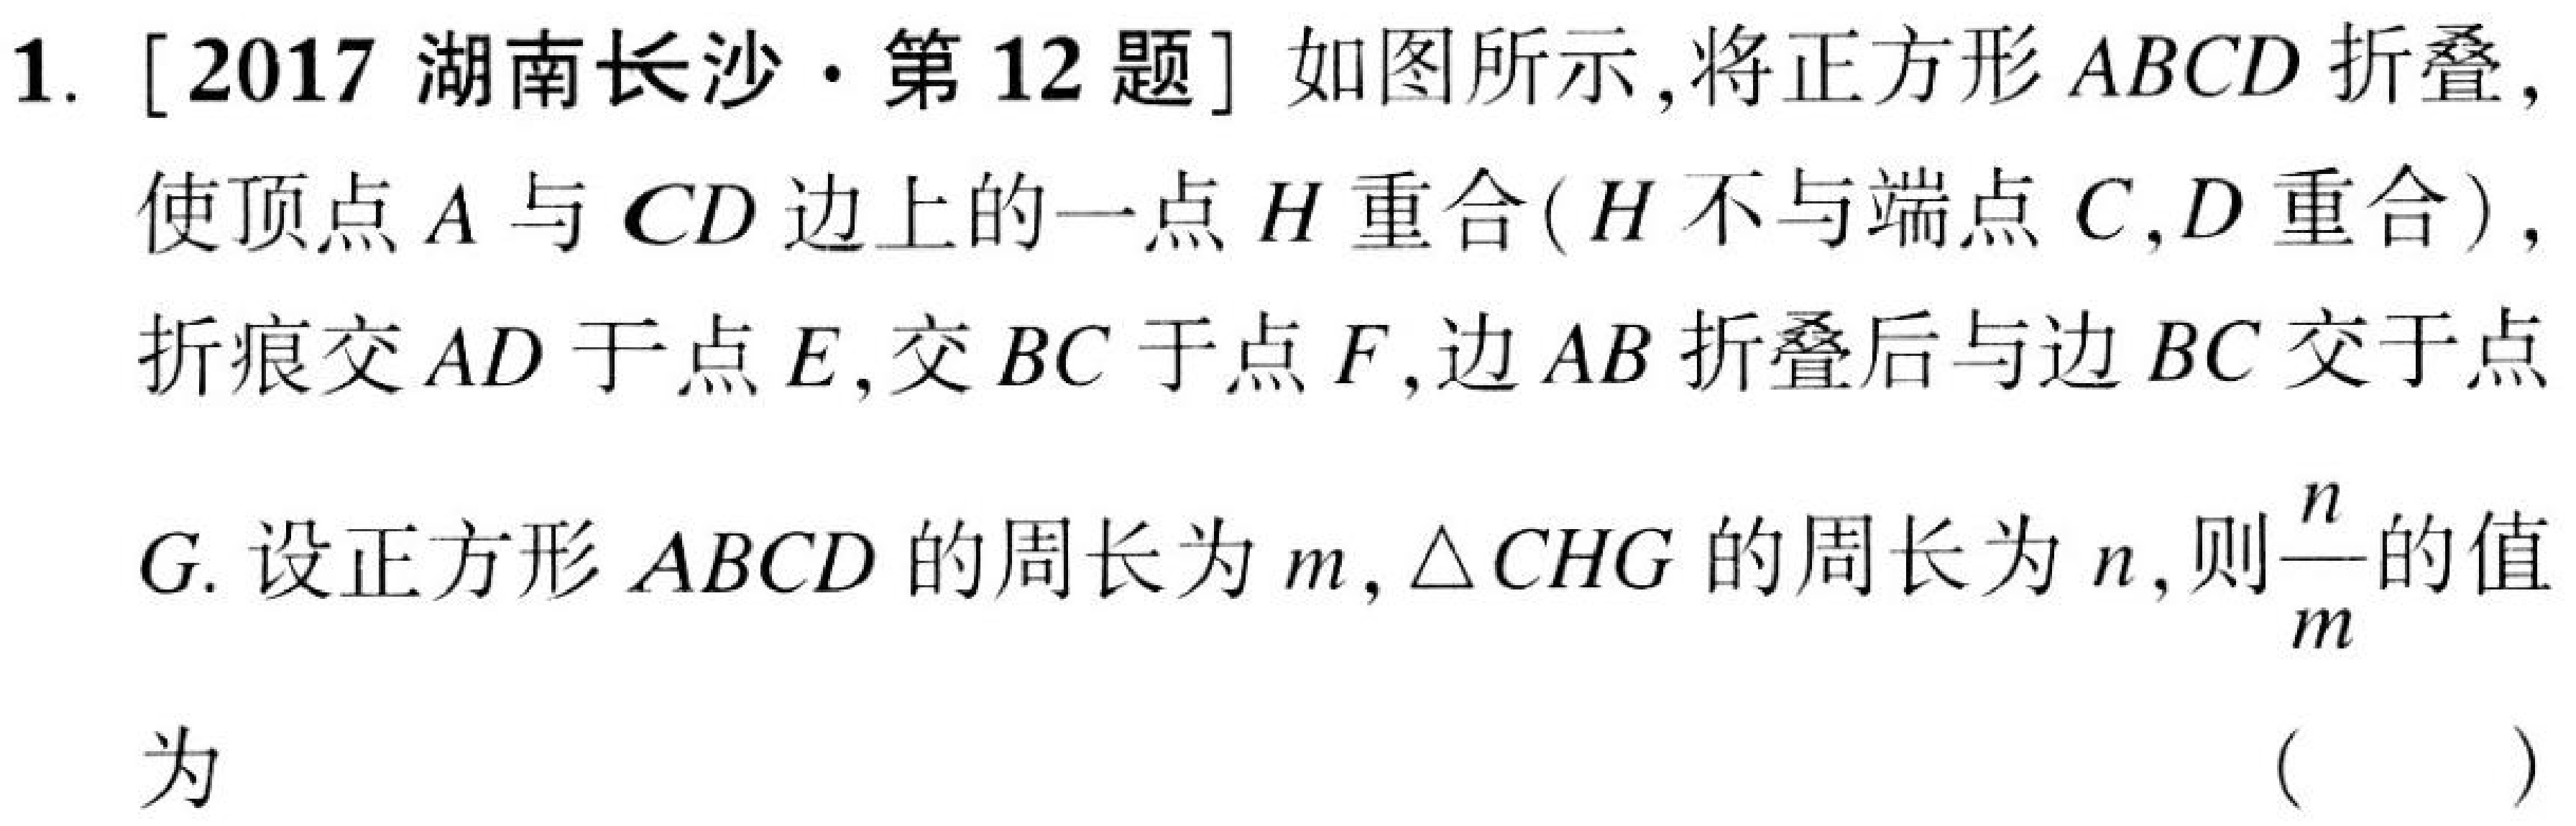
1. [2017 湖南长沙·第 12 题] 如图所示，将正方形 \(ABCD\) 折叠，使顶点 \(A\) 与 \(CD\) 边上的一点 \(H\) 重合（\(H\) 不与端点 \(C,D\) 重合），折痕交 \(AD\) 于点 \(E\)，交 \(BC\) 于点 \(F\)，边 \(AB\) 折叠后与边 \(BC\) 交于点 \(G\). 设正方形 \(ABCD\) 的周长为 \(m\)，\(\triangle CHG\) 的周长为 \(n\)，则\(\frac{n}{m}\)的值为 （  ）